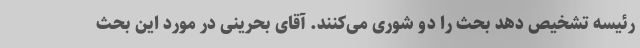
رئیسه تشخیص دهد بحث را دو شوری می‌کنند. آقای بحرینی در مورد این بحث